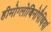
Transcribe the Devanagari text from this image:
हीमोग्लोबिनोपैथियां